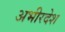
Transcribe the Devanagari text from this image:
अभीरदेश